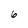
Character: 6